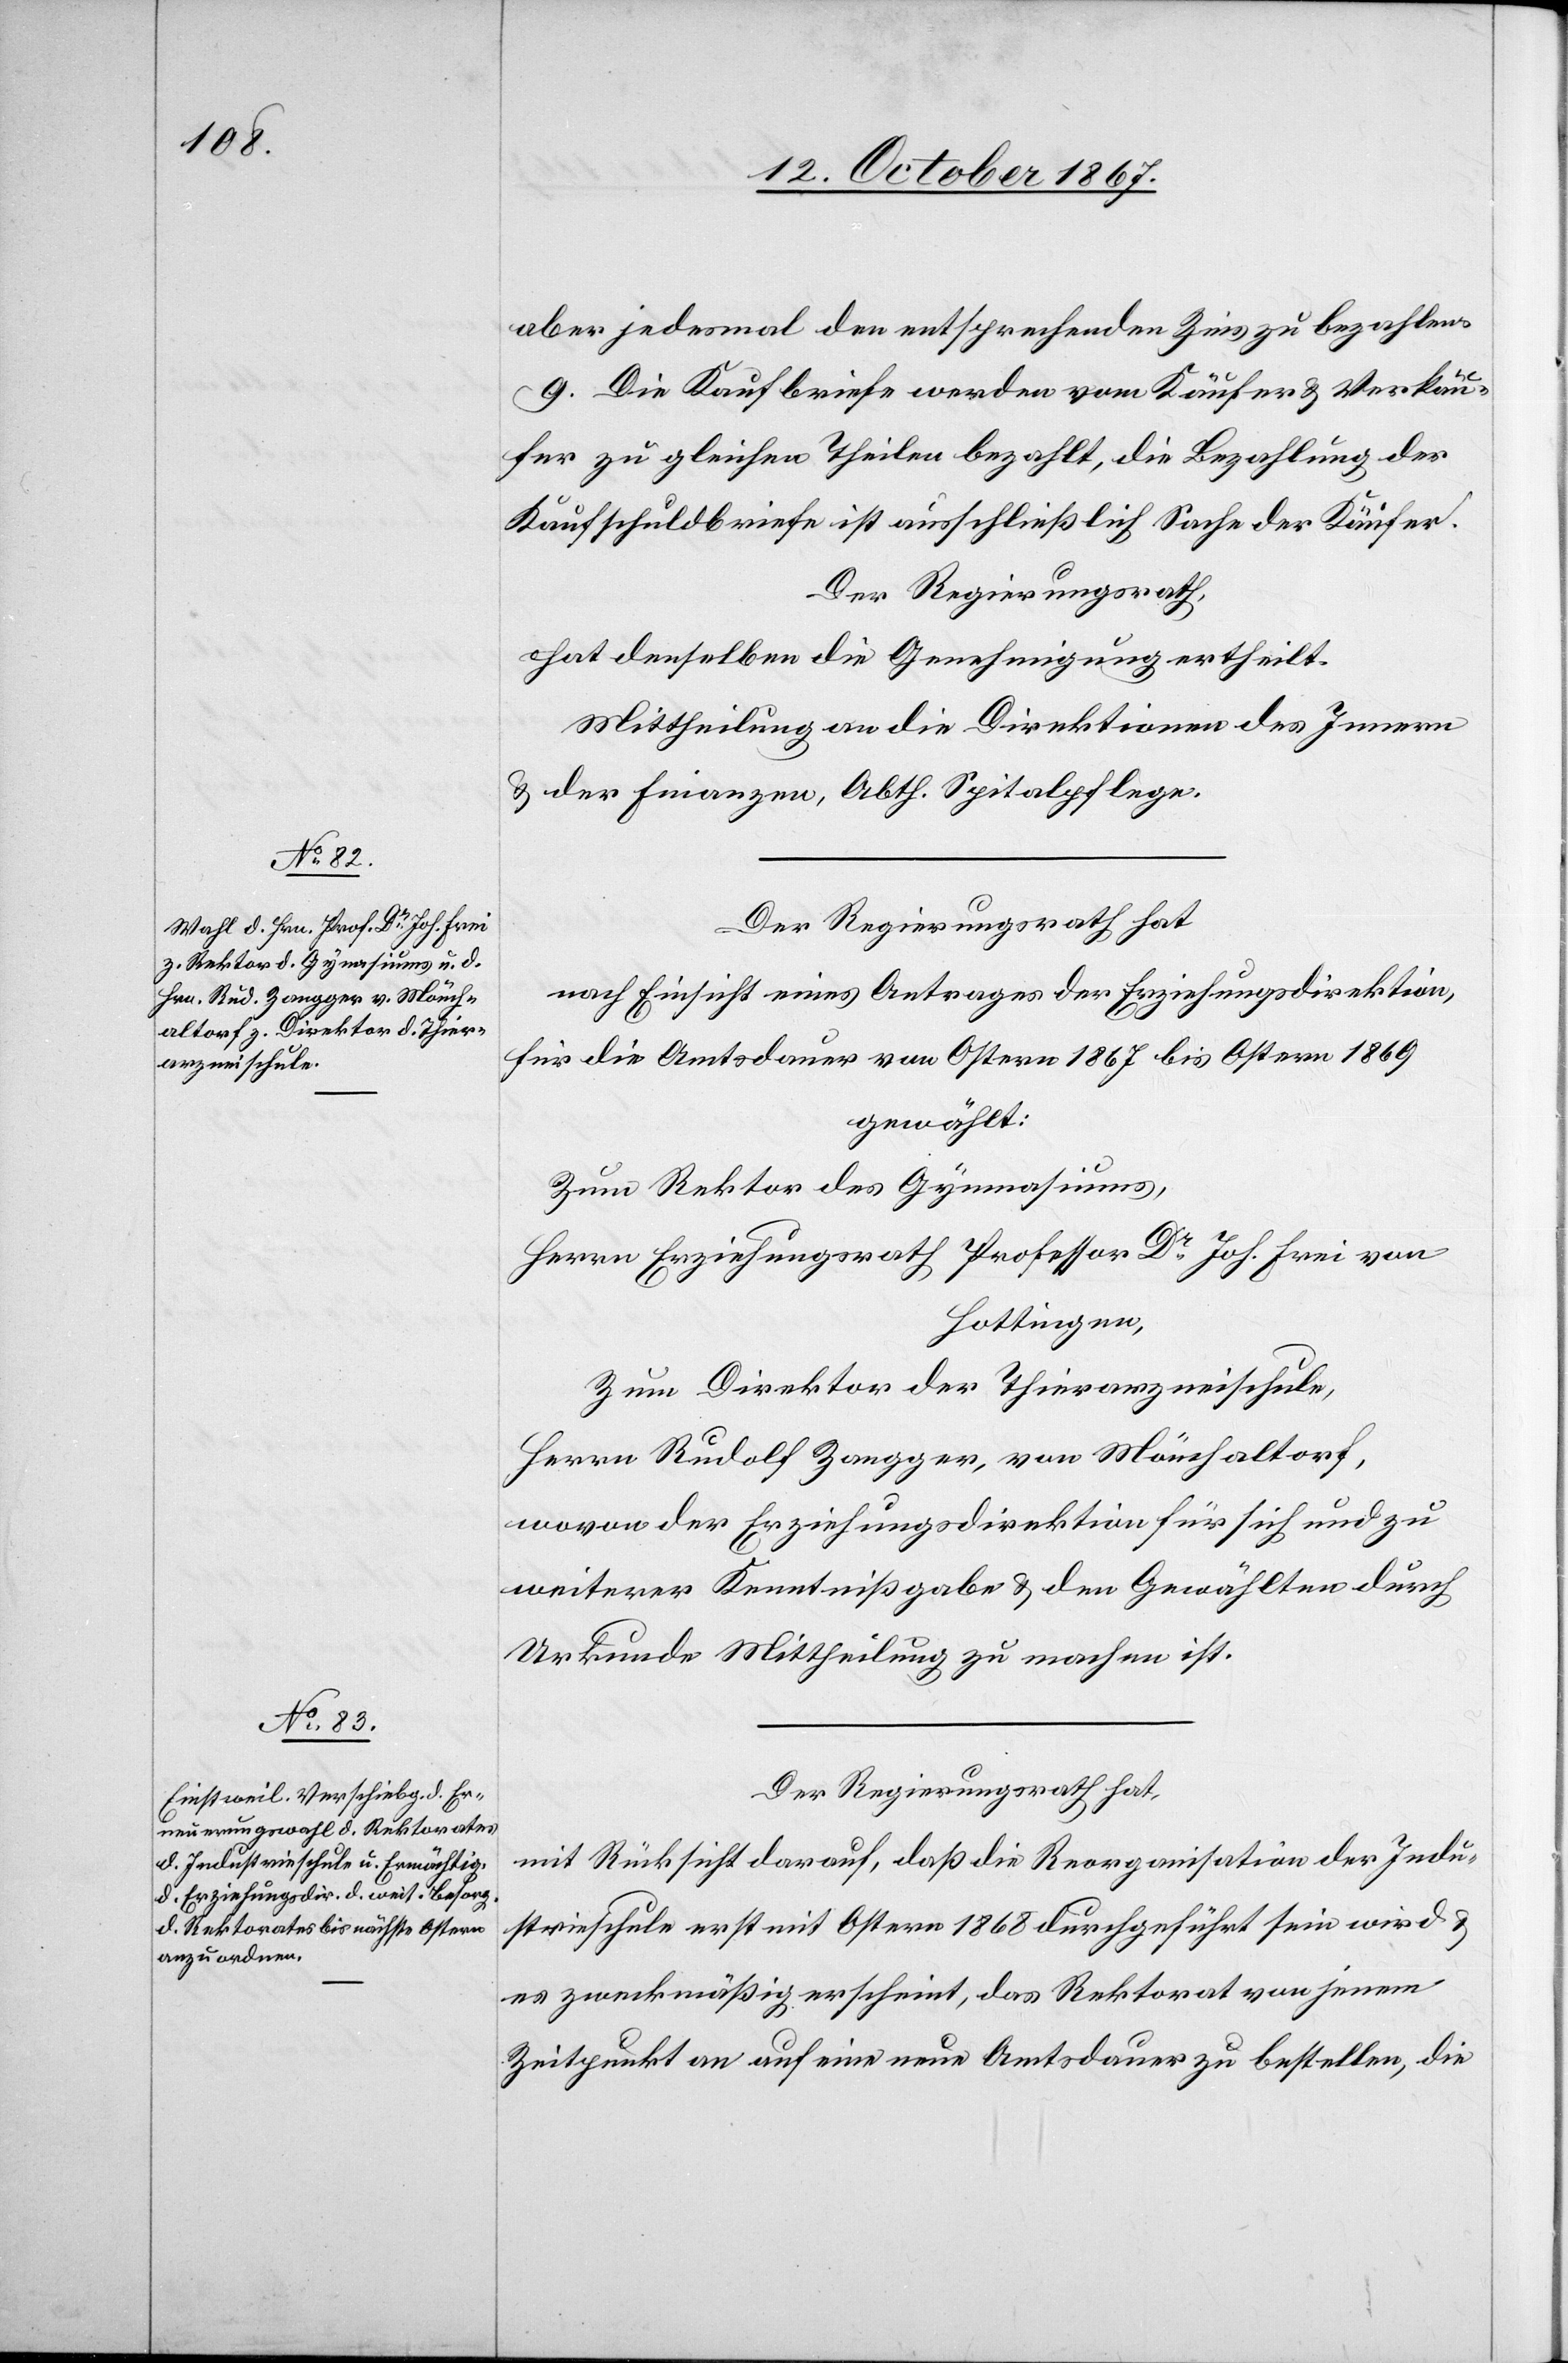
aber jedesmal den entsprechenden Zins zu bezahlen.
9. Die Kaufbriefe werden vom Käufer u. Verkäu¬
fern zu gleichen Theilen bezahlt, die Bezahlung der
Kaufschuldbriefe ist ausschließlich Sache der Käufer.
Der Regierungsrath,
hat demselben die Genehmigung ertheilt.
Mittheilung an die Direktionen des Innern
u. der Finanzen, Abth. Spitalpflege.
Der Regierungsrath hat,
nach Einsicht eines Antrages der Erziehungsdirektion,
für die Amtsdauer von Ostern 1867 bis Ostern 1869,
gewählt:
Zum Rektor des Gymnasiums,
Herrn Erziehungsrath Professor Dr Joh. Freu von
Hottingen,
Zum Direktor der Thierarzneischule,
Herrn Rudolf Zangger, von Mönchaltorf,
wovon der Erziehungsdirektion für sich und zu
weiterer Kenntnißgabe u. den Gewählten durch
Urkunde Mittheilung zu machen ist.
Der Regierungsrath hat,
mit Rücksicht darauf, daß die Reorganisation der Indu¬
strieschule erst mit Ostern 1868 durchgeführt wird u.
es zweckmäßig erscheint, das Rektorat von jenem
Zeitpunkt an auf eine neue Amtsdauer zu bestellen, die